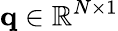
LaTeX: \mathbf{q}\in\mathbb{R}^{N\times 1}